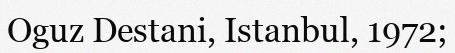
Oguz Destanі, Istanbul, 1972;